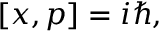
[ x , p ] = i \hbar ,